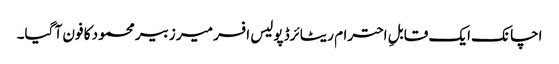
اچانک ایک قابلِ احترام ریٹائرڈ پولیس افسر میر زبیر محمود کا فون آ گیا۔